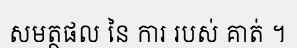
សមត្ថផល នៃ ការ របស់ គាត់ ។